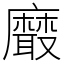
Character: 黀